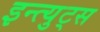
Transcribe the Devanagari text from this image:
इन्त्युट्स